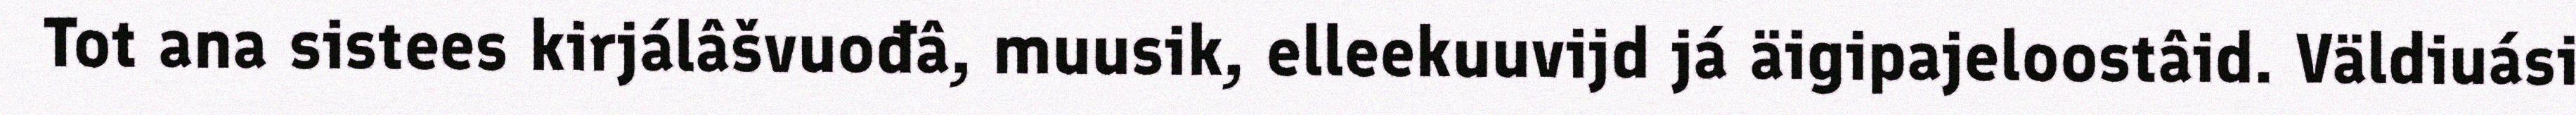
Tot ana sistees kirjálâšvuođâ, muusik, elleekuuvijd já äigipajeloostâid. Väldiuási